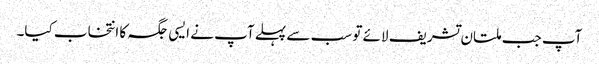
آپ جب ملتان تشریف لائے تو سب سے پہلے آپ نے ایسی جگہ کا انتخاب کیا۔